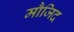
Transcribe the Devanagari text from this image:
मौजिद